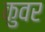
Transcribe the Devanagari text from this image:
कुवर